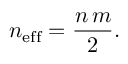
n _ { \mathrm { e f f } } = \frac { n \, m } { 2 } .